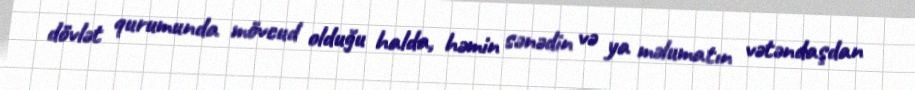
dövlət qurumunda mövcud olduğu halda, həmin sənədin və ya məlumatın vətəndaşdan